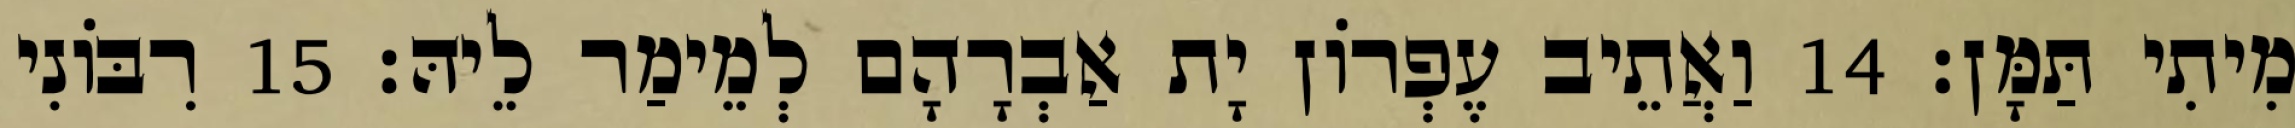
מִיתִי תַּמָּן׃ 14 וַאֲתֵיב עֶפְרוֹן יָת אַבְרָהָם לְמֵימַר לֵיהּ׃ 15 רִבּוֹנִי